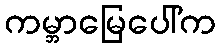
ကမ္ဘာမြေပေါ်က